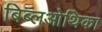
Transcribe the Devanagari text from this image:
बिब्लओथिका